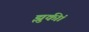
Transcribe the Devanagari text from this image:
झुकीं।